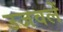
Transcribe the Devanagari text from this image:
उजवलें